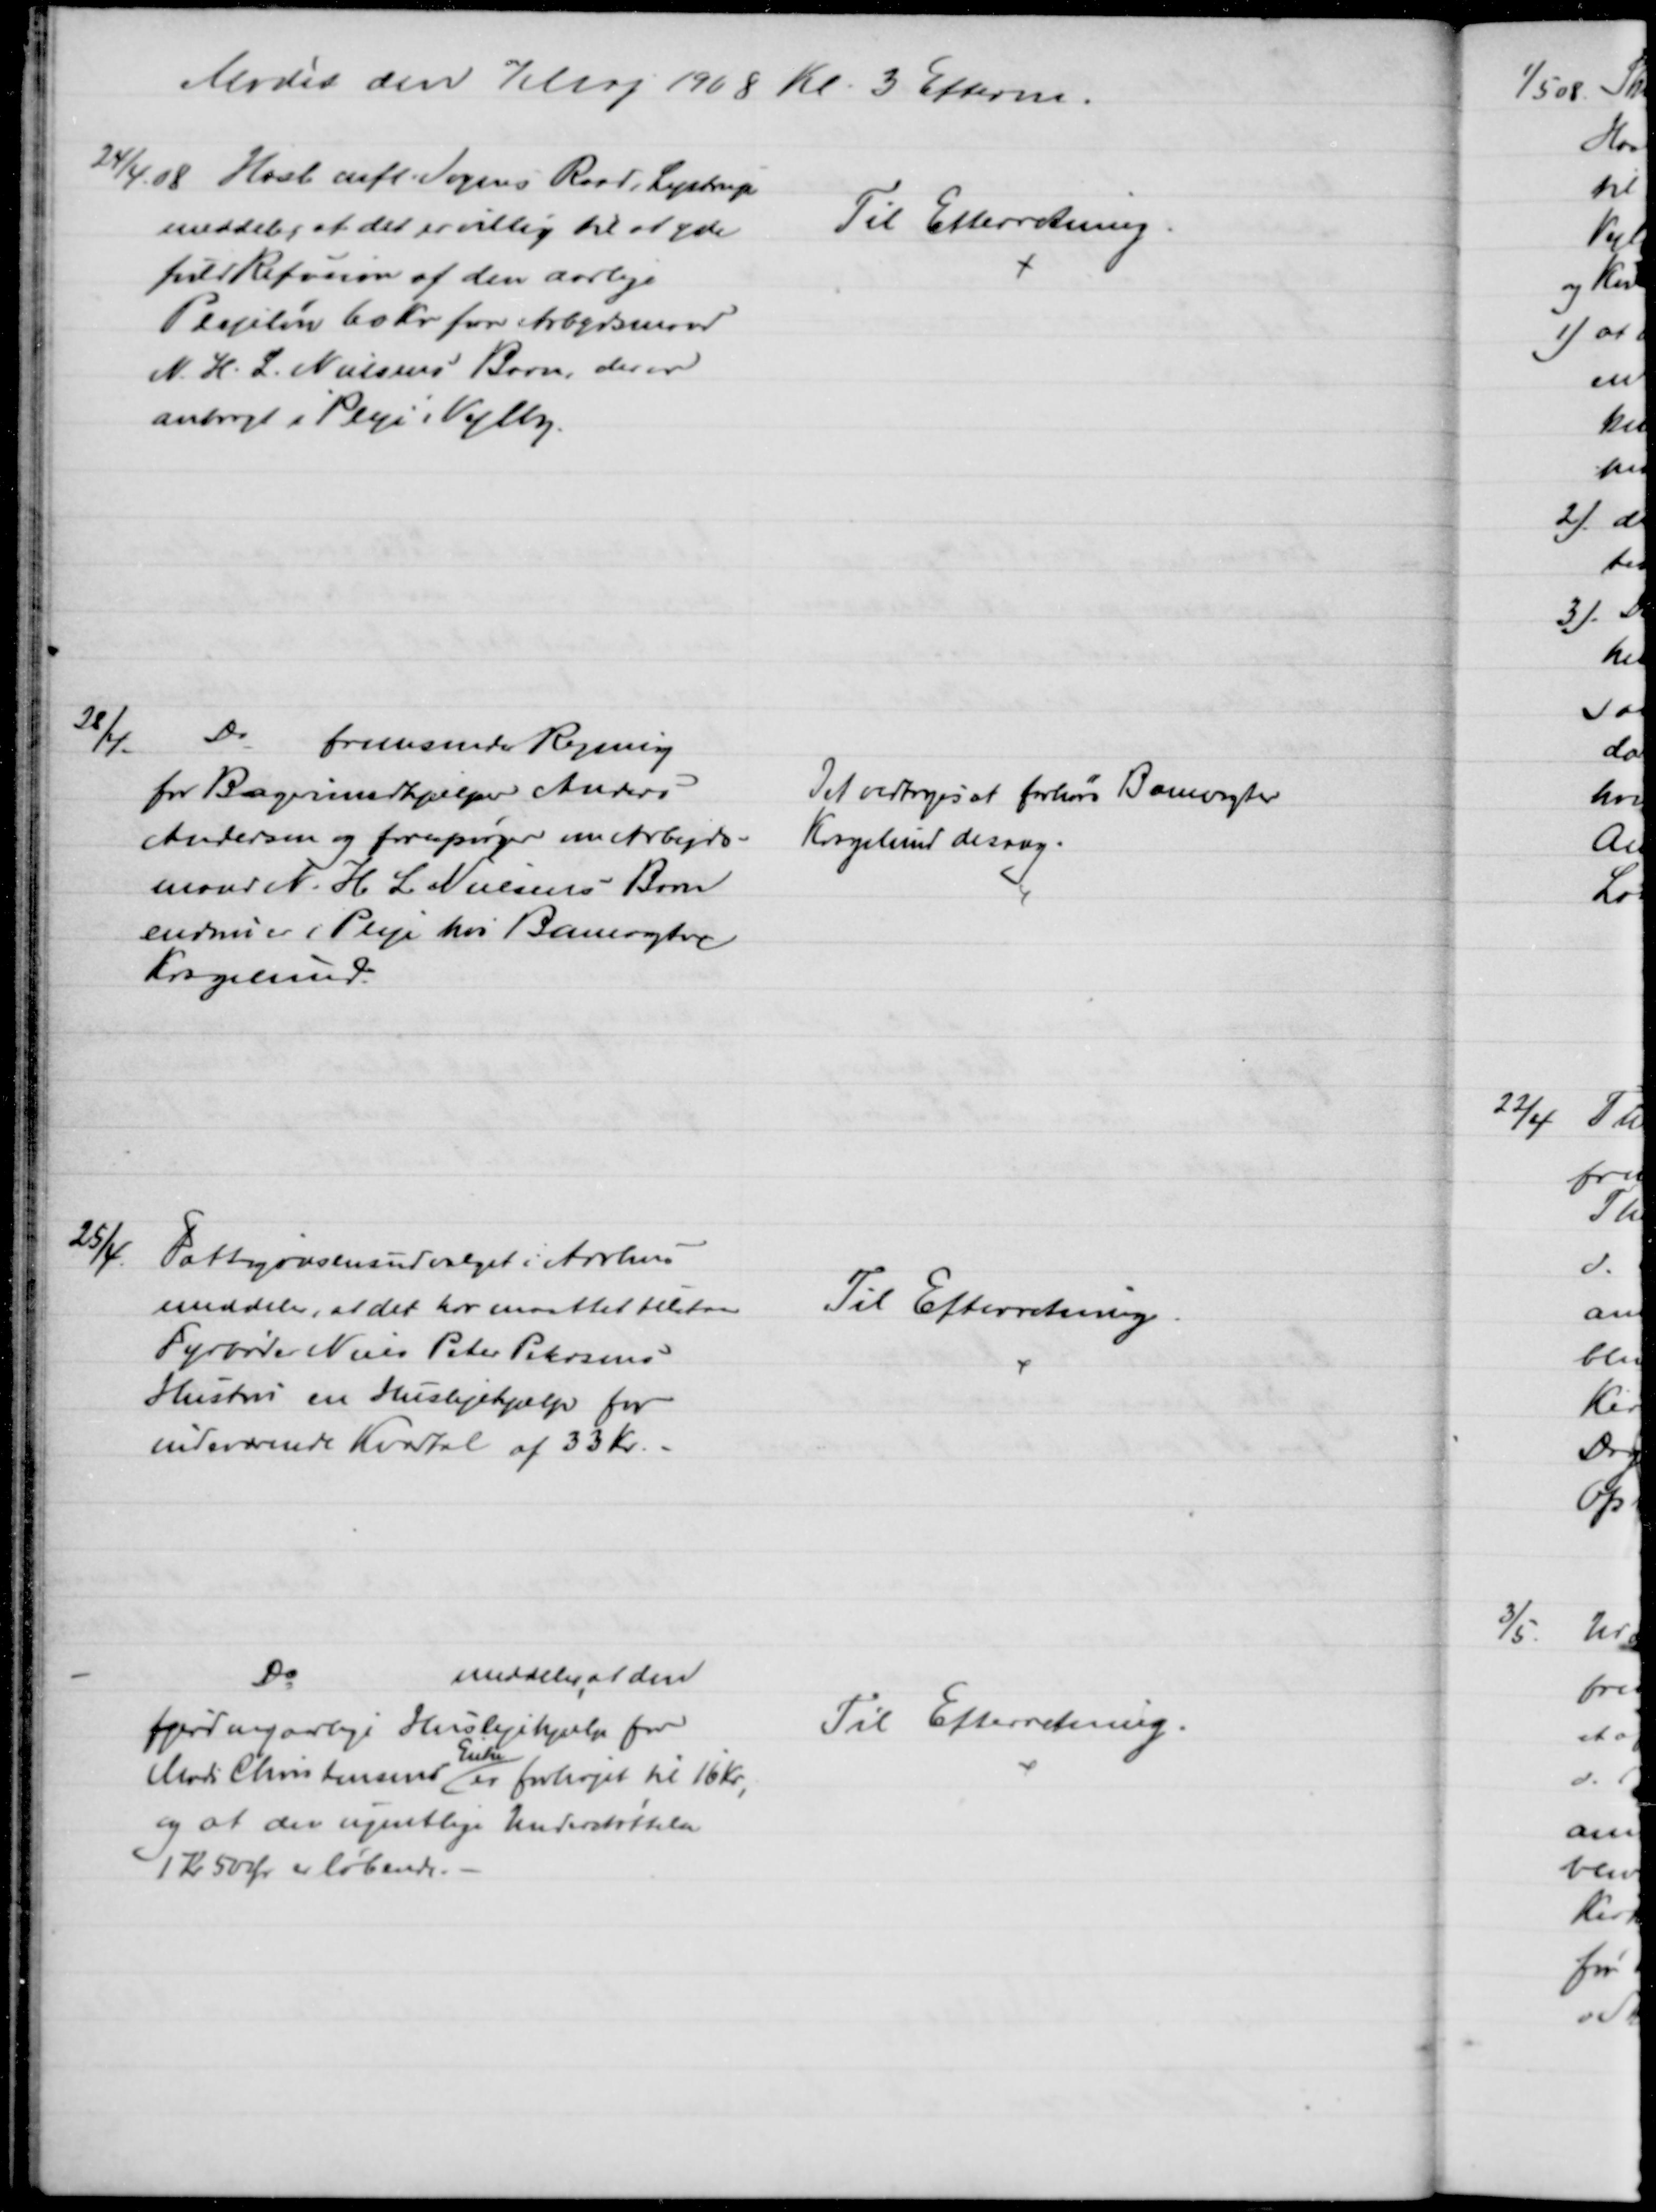
Transskription:
Mødet den 7 Maj 1908 Kl 3 Efterm.
24/4 08 Hasle mfl. Sognes Raad i Lystrup
meddeler, at det er villig til at yde
fuld Refusion af den aarlige
Plejeløn 60 Kr for Arbejdsmand
N. H. L. Nielsens Børn, der er
anbragt i Pleje Vejlby.
Til Efterretning.
28/4
Do 
fremsender Regning
for Bagermedhjælper Anders
Andersen og forespørger om Arbejds-
mand N. H. L. Nielsens Børn
endnu er i Pleje hos Banevogter
Kragelund.
Det vedtoges at forhøre Banevogter
Kragelund desang.
25/4
Fattigvæsensudvalget i Aarhus
meddeler, at det har maattet tilstaa
Fyrbøder Niels Peter Petersens
Hustru en Huslejehjælp for
indeværende Kvartal af 33 Kr.
Til Efterretning
Do
meddeler, at den
fjerdingaarlige Huslejehjælp for
Mads Christensens 
Enke
er forhøjet til 16 Kr.,
og at den ugentlige Understøttelse
1 Kr 50 Øre er løbende.
Til Efterretning.